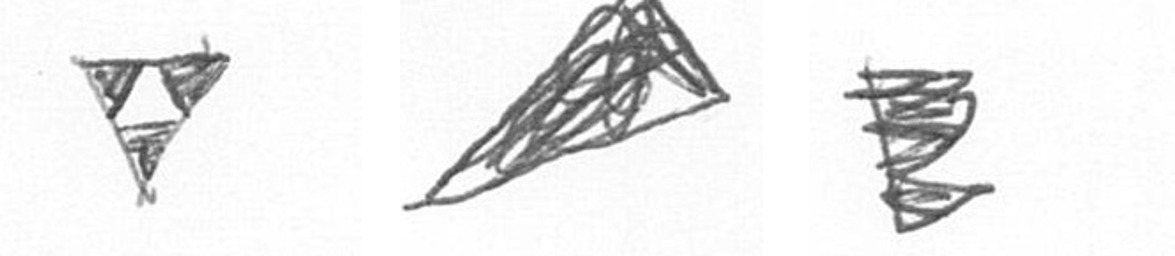
S O H